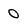
Character: 0